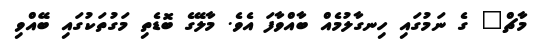
މާޗް" ގެ ނަމުގައި ހިނގާލުމެއް ބާއްވާފަ އެވެ. މާލޭގެ ބޮޑެތި މަގުތަކުގައި ބޭއްވި